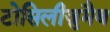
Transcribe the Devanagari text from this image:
टोसिलीज़ुमैब